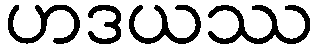
ဟဒယဿ